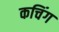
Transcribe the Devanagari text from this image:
कचिंग